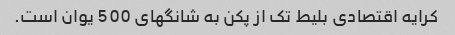
کرایه اقتصادی بلیط تک از پکن به شانگهای 500 یوان است.